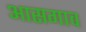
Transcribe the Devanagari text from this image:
आसगाव